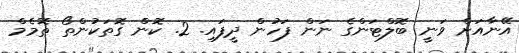
އޭނާއަށް ވަނީ ބޮލްޓަންގެ ނަން ފަހުން ދީފައި. 2. ކޮން ގޮތަކުންތޯ ތޮމެމް